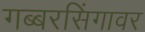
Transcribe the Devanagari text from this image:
गब्बरसिंगावर